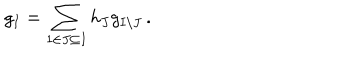
g _ { I } = \sum _ { 1 \in J \subseteq I } h _ { J } g _ { I \setminus J } \, .